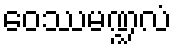
ဝေဿမဏ္ဍလံ